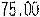
75.00